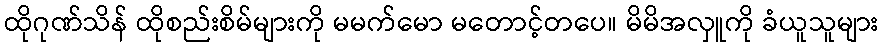
ထိုဂုဏ်သိန် ထိုစည်းစိမ်များကို မမက်မော မတောင့်တပေ။ မိမိအလှူကို ခံယူသူများ